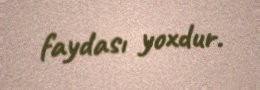
faydası yoxdur.